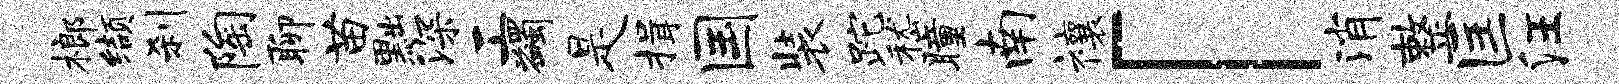
榔缬刹陶聊苗黜深工蠲是揖国装跎嵇瞳南禳「消整匡汪